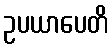
ဥပယာပေတိ